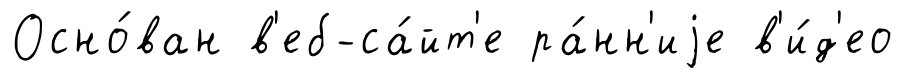
Осно́ван в'еб-са́йт'е ра́нн'иjе в'и́д'ео